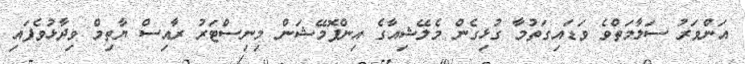
އަންވަރު ސަލާމަތްވެ ވަޑައިގަތުމާ ގުޅިގެން މެލޭޝިއާގެ އިންފޮމޭޝަން މިނިސްޓަރު ރާއިސް ޔާތިމް ވިދާޅުވެފައި